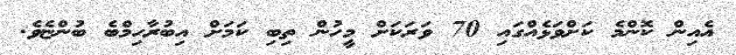
އެއިން ކޮންމެ ކަށްވަޅެއްގައި 70 ވަރަކަށް މީހުން ތިބި ކަމަށް އިބުރާހިމްބެ ބުންޏެވެ.